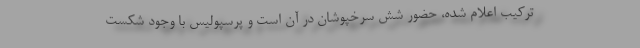
ترکیب اعلام شده، حضور شش سرخپوشان در آن است و پرسپولیس با وجود شکست